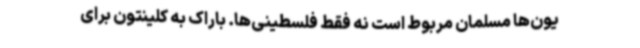
یون‌ها مسلمان مربوط است نه فقط فلسطینی‌ها. باراک به کلینتون برای